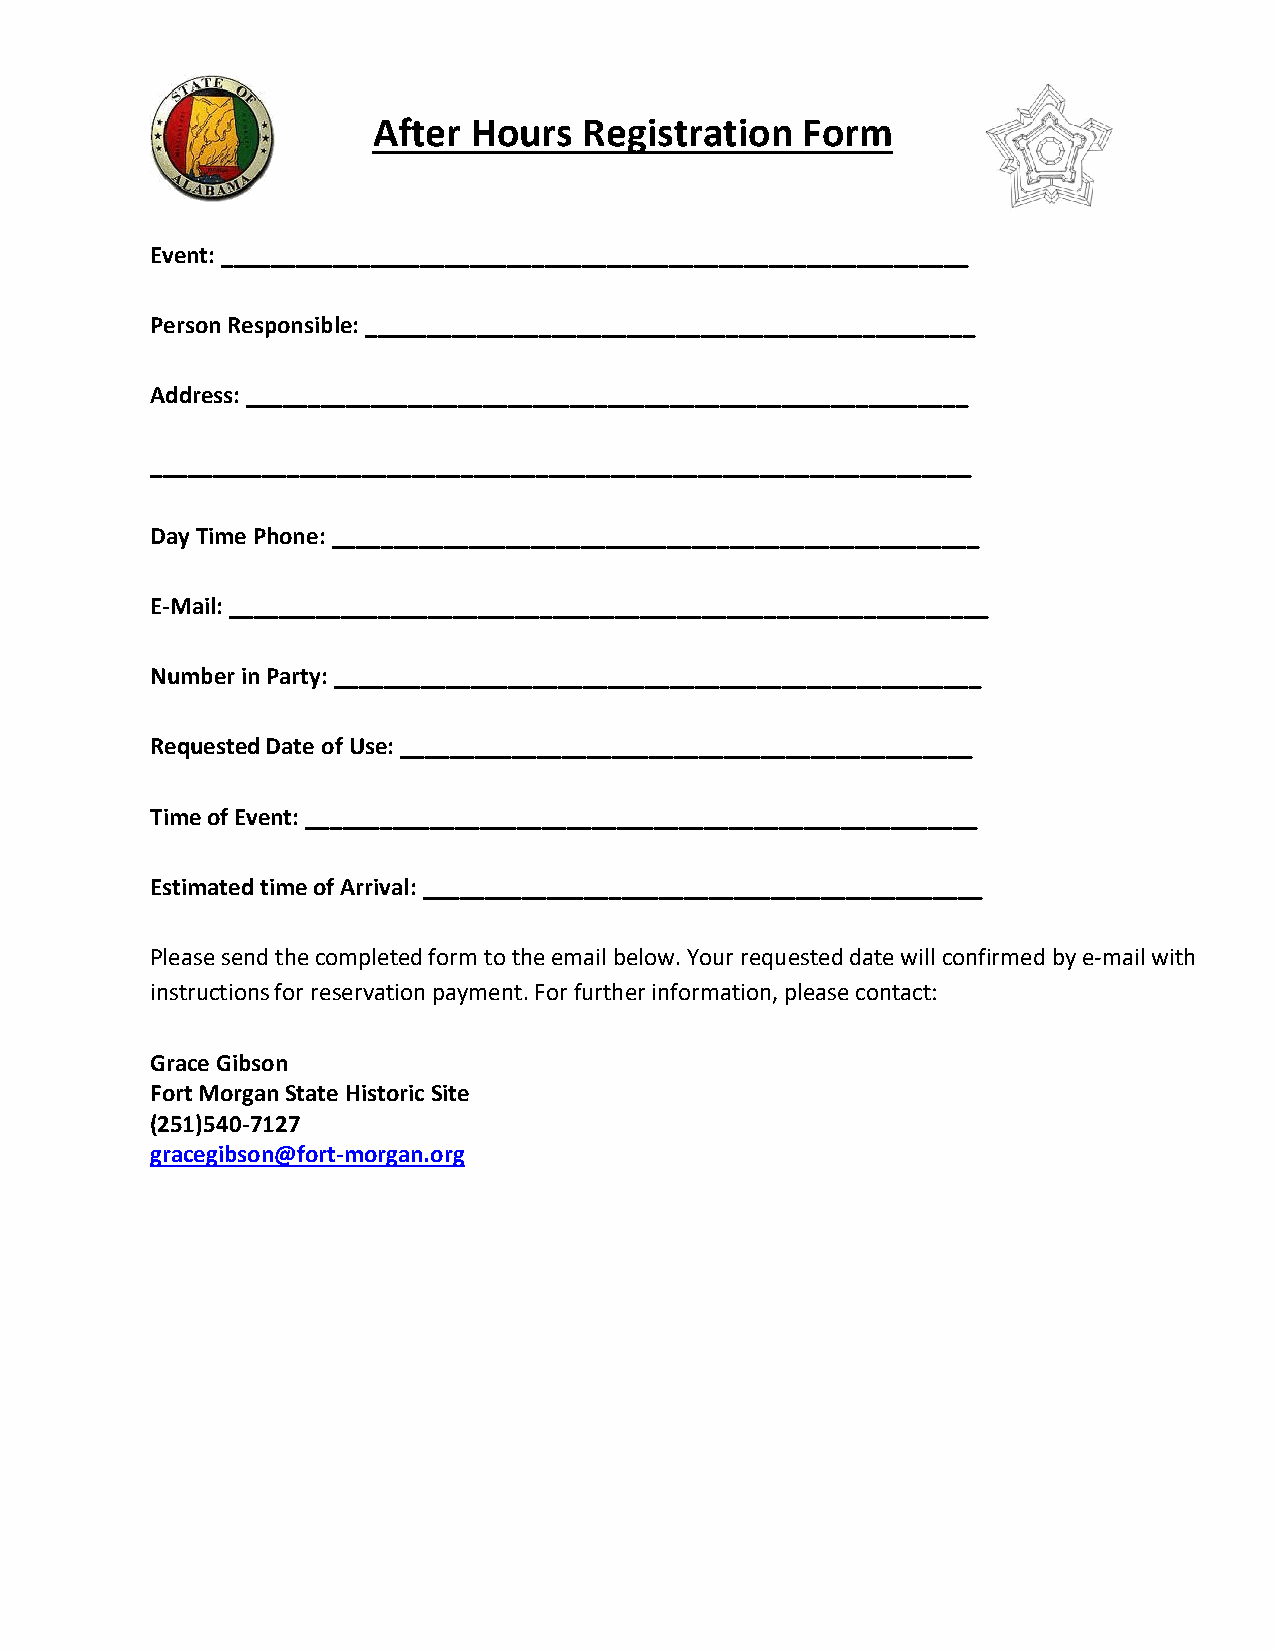
After Hours   Registration  Form
 Event: ____________________________________________________________
 Person Responsible: _________________________________________________
 Address: __________________________________________________________
 __________________________________________________________________
 Day Time Phone: ____________________________________________________
 E-Mail: _____________________________________________________________
 Number in Party: ____________________________________________________
 Requested Date of Use: ______________________________________________
 Time of Event: ______________________________________________________
 Estimated time of Arrival: _____________________________________________
 Please send the completed form to the email below. Your requested date will confirmed by e-mail with
 instructions for reservation payment. For further information, please contact:
 Grace Gibson
 Fort Morgan State Historic Site
 (251)540-7127
 gracegibson@fort-morgan.org